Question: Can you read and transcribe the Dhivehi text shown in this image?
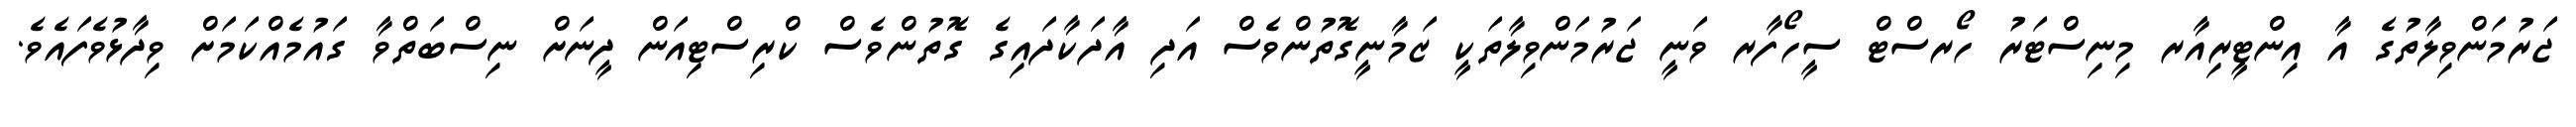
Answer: ޖަރުމަންވިލާތުގެ އާ އިންޓީރިއާރ މިނިސްޓަރު ހޯރސްޓް ސީހޯފާރ ވަނީ ޖަރުމަންވިލާތަކީ ޒަމާނީގޮތުންވެސް އަދި އާދަކާދައިގެ ގޮތުންވެސް ކްރިސްޓިއަން ދީނަށް ނިސްބަތްވާ ގައުމެއްކަމަށް ވިދާޅުވެފައެވެ.